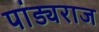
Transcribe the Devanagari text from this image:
पांड्यराज